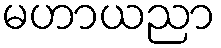
မဟာယညာ